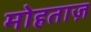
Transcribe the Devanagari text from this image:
मोहताज़